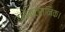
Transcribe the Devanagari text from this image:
इलेक्ट्रानिक।